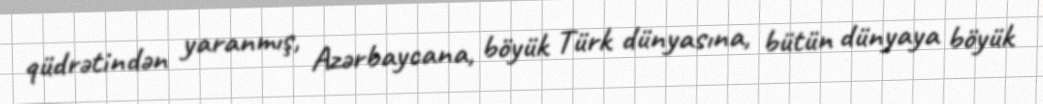
qüdrətindən yaranmış, Azərbaycana, böyük Türk dünyasına, bütün dünyaya böyük